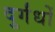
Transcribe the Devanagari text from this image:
दुर्गंधों